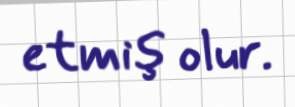
etmiş olur.